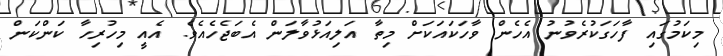
މިކަމުގައި ފާހަގަކުރެވުނު އެހެން ވާހަކައަކަށް މިތާ އަލިއަޅުވާލަން އެބަޖެހެއެވެ. އެއީ މިހުރިހާ ކަންކަން